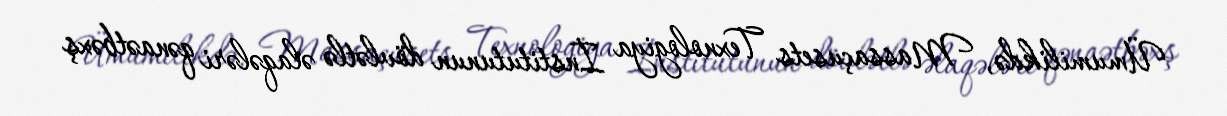
Ümumilikdə, Massaçusets Texnologiya İnstitutunun dövlətlə əlaqələri qənaətbəxş